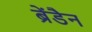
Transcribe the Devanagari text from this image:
ब्रेंडैन